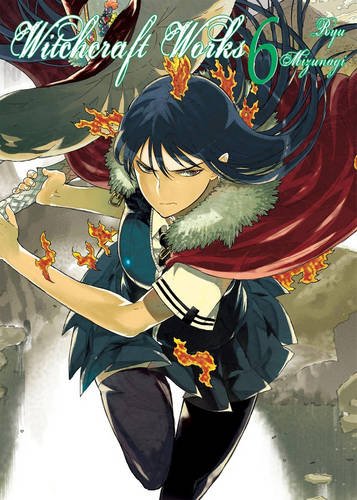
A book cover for Witchcraft Works, Volume 6; Ryu Mizunagi; Comics & Graphic Novels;